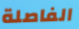
الفاصلة